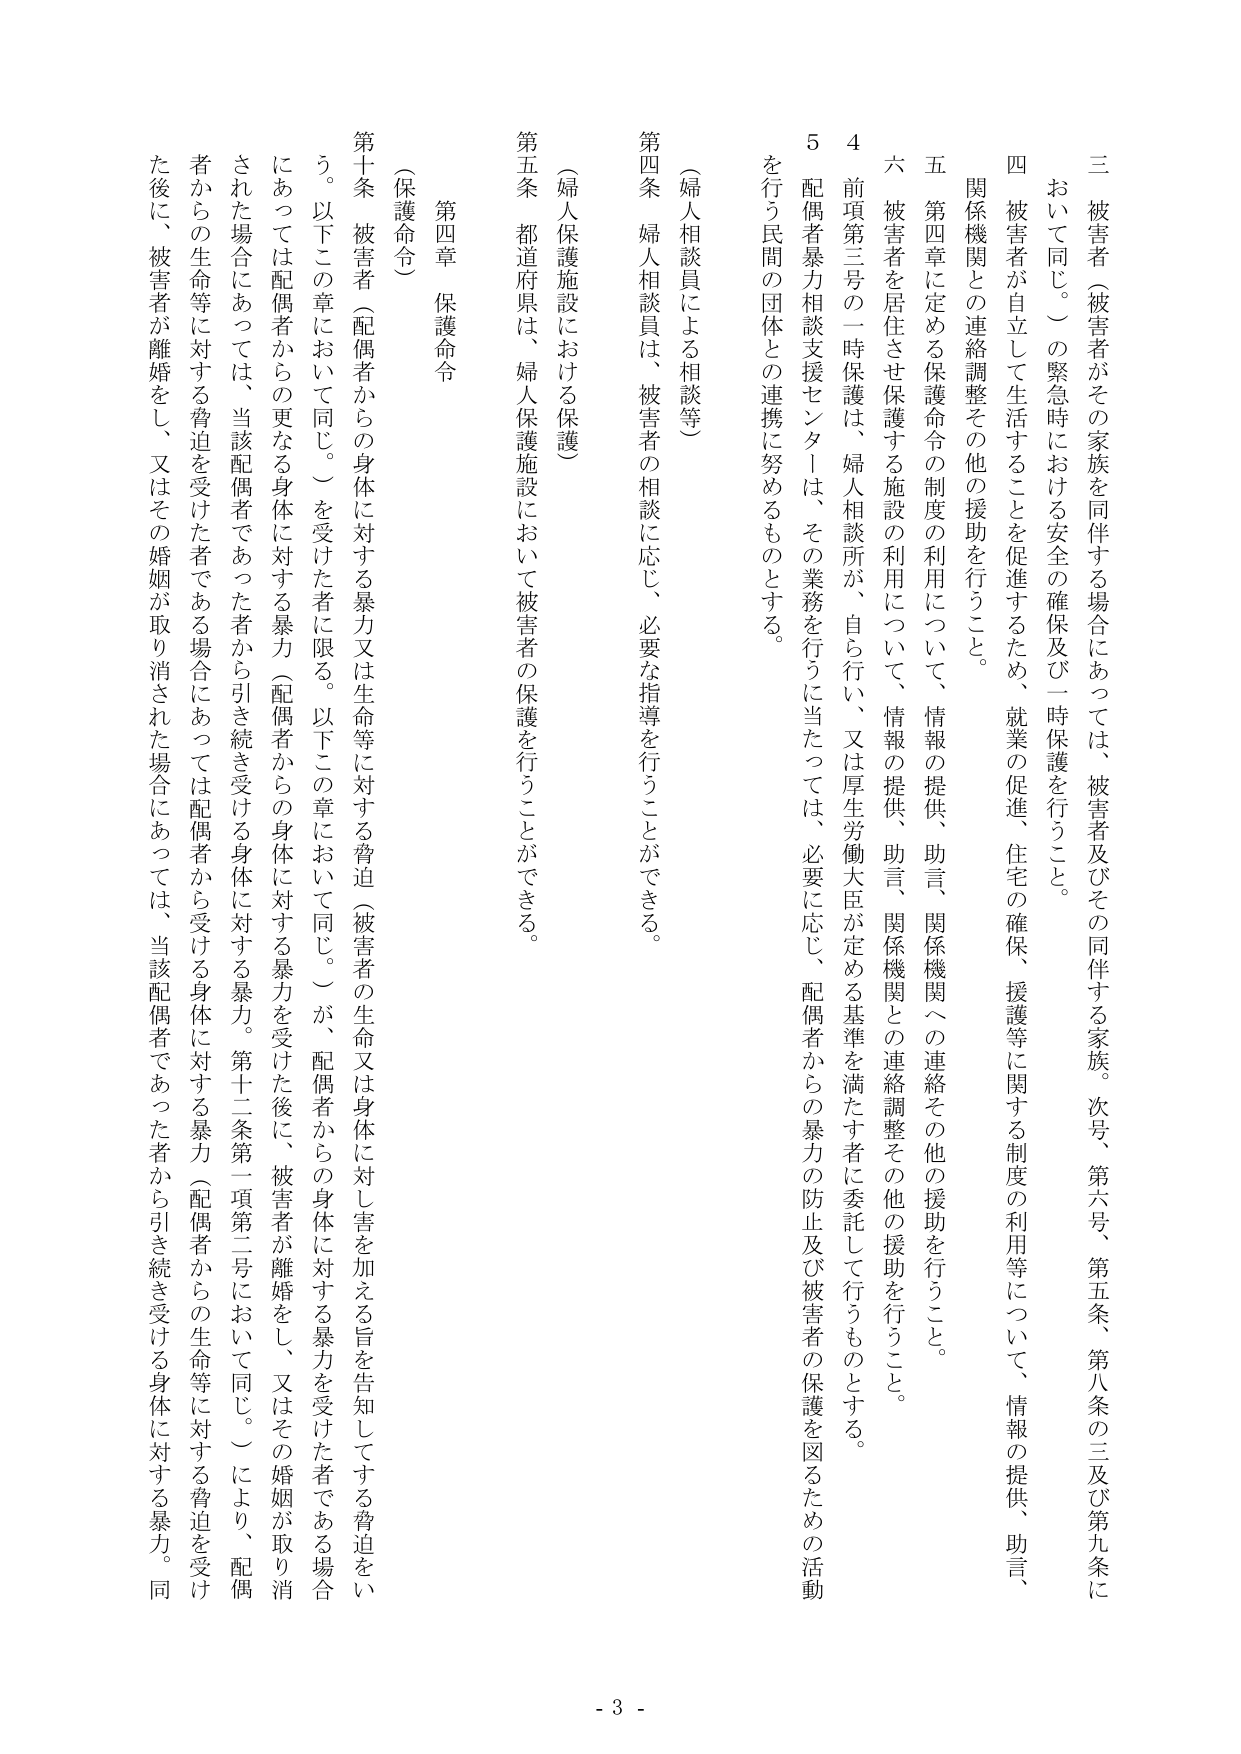
三 被害者（被害者がその家族を同伴する場合にあっては、被害者及びその同伴する家族。次号、第六号、第五条、第八条の三及び第九条に
おいて同じ。）の緊急時における安全の確保及び一時保護を行うこと。

四 被害者が自立して生活することを促進するため、就業の促進、住宅の確保、援護等に関する制度の利用等について、情報の提供、助言、
関係機関との連絡調整その他の援助を行うこと。

五 第四章に定める保護命令の制度の利用について、情報の提供、助言、関係機関への連絡その他の援助を行うこと。

六 被害者を居住させ保護する施設の利用について、情報の提供、助言、関係機関との連絡調整その他の援助を行うこと。

４ 前項第三号の一時保護は、婦人相談所が、自ら行い、又は厚生労働大臣が定める基準を満たす者に委託して行うものとする。

５ 配偶者暴力相談支援センターは、その業務を行うに当たっては、必要に応じ、配偶者からの暴力の防止及び被害者の保護を図るための活動
を行う民間の団体との連携に努めるものとする。

（婦人相談員による相談等）

第四条 婦人相談員は、被害者の相談に応じ、必要な指導を行うことができる。

（婦人保護施設における保護）

第五条 都道府県は、婦人保護施設において被害者の保護を行うことができる。

第四章 保護命令

（保護命令）

第十条 被害者（配偶者からの身体に対する暴力又は生命等に対する脅迫（被害者の生命又は身体に対し害を加える旨を告知してする脅迫をい
う。以下この章において同じ。）を受けた者に限る。以下この章において同じ。）が、配偶者からの身体に対する暴力を受けた後に、被害者が離婚をし、又はその婚姻が取り消された場合にあっては、当該配偶者であった者から引き続き受ける身体に対する暴力（配偶者からの生命等に対する脅迫を受け
た後に、被害者が離婚をし、又はその婚姻が取り消された場合にあっては、当該配偶者であった者から引き続き受ける身体に対する暴力。同
にあっては配偶者からの更なる身体に対する暴力（配偶者からの身体に対する暴力を受けた後に、被害者が離婚をし、又はその婚姻が取り消
された場合にあっては、当該配偶者であった者から引き続き受ける身体に対する暴力。第十二条第一項第二号において同じ。）により、配偶
者からの生命等に対する脅迫を受けた者である場合にあっては配偶者から受ける身体に対する暴力（配偶者からの生命等に対する脅迫を受け
た後に、被害者が離婚をし、又はその婚姻が取り消された場合にあっては、当該配偶者であった者から引き続き受ける身体に対する暴力。同

- 3 -